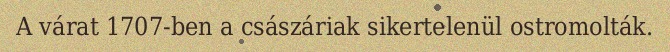
A várat 1707-ben a császáriak sikertelenül ostromolták.